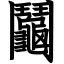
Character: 鬮